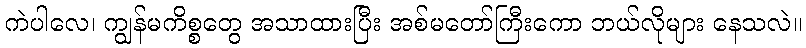
ကဲပါလေ၊ ကျွန်မကိစ္စတွေ အသာထားပြီး အစ်မတော်ကြီးကော ဘယ်လိုများ နေသလဲ။